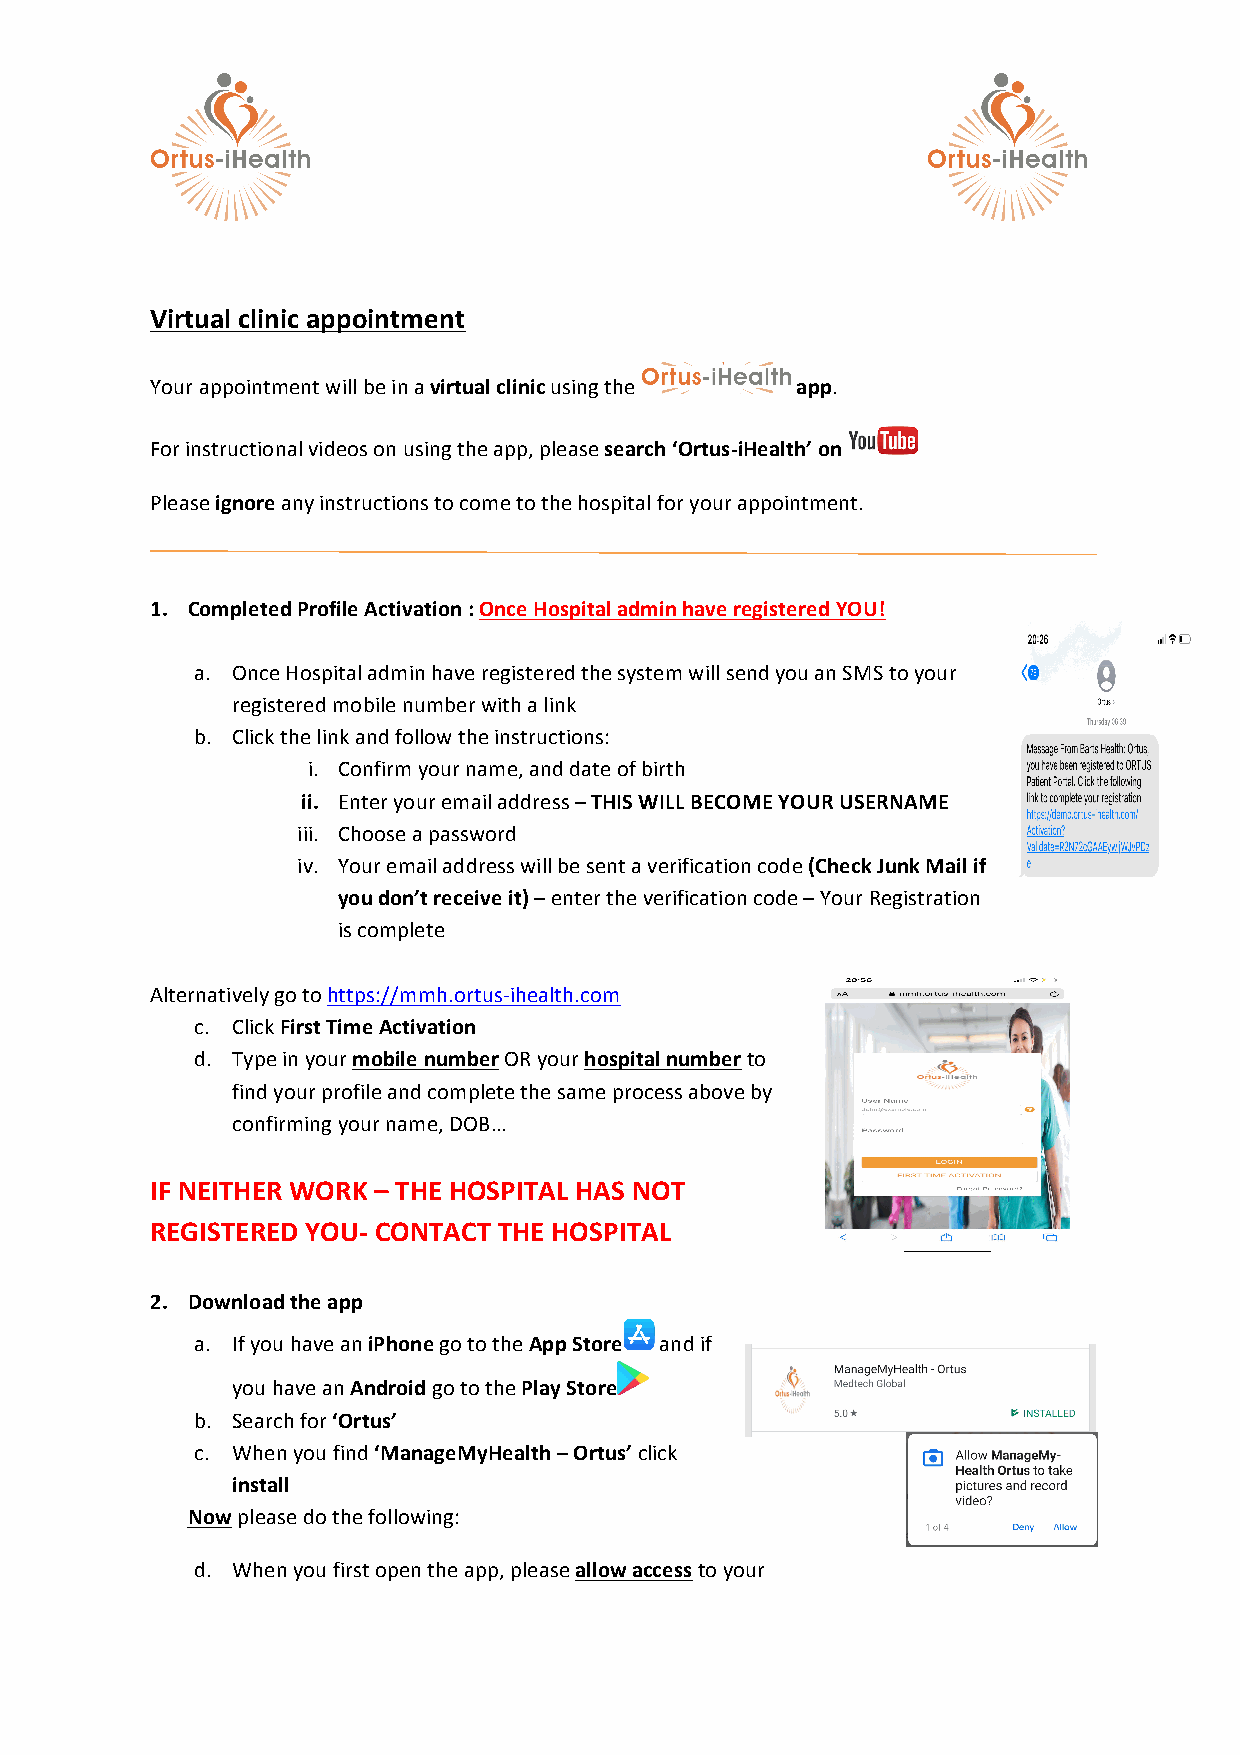
Virtual clinic appointment
 Your appointment will be in a virtual clinic using the app.
 For instructional videos on using the app, please search ‘Ortus-iHealth’ on
 Please ignore any instructions to come to the hospital for your appointment.
 1. Completed Profile Activation : Once Hospital admin have registered YOU!
 a. Once Hospital admin have registered the system will send you an SMS to your
 registered mobile number with a link
 b. Click the link and follow the instructions:
 i. Confirm your name, and date of birth
 ii. Enter your email address – THIS WILL BECOME YOUR USERNAME
 iii. Choose a password
 iv. Your email address will be sent a verification code (Check Junk Mail if
 you don’t receive it) – enter the verification code – Your Registration
 is complete
 Alternatively go to https://mmh.ortus-ihealth.com
 c. Click First Time Activation
 d. Type in your mobile number OR your hospital number to
 find your profile and complete the same process above by
 confirming your name, DOB…
 IF NEITHER WORK – THE HOSPITAL HAS NOT
 REGISTERED YOU- CONTACT THE HOSPITAL
 2. Download the app
 a. If you have an iPhone go to the App Store and if
 you have an Android go to the Play Store
 b. Search for ‘Ortus’
 c. When you find ‘ManageMyHealth – Ortus’ click
 install
 Now please do the following:
 d. When you first open the app, please allow access to your